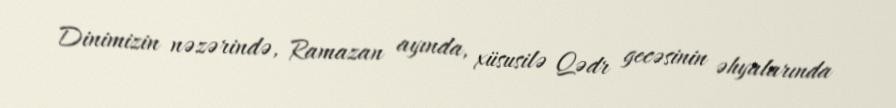
Dinimizin nəzərində, Ramazan ayında, xüsusilə Qədr gecəsinin əhyalarında